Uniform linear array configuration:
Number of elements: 32
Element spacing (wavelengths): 0.5
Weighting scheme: kaiser
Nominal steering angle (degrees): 15
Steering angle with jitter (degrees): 13.132
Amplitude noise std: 0.05
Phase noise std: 0.05

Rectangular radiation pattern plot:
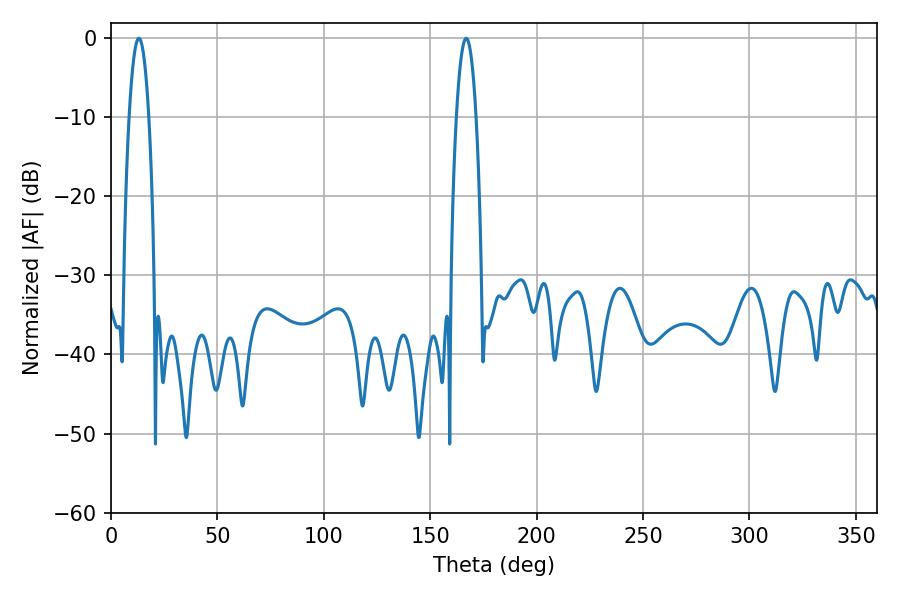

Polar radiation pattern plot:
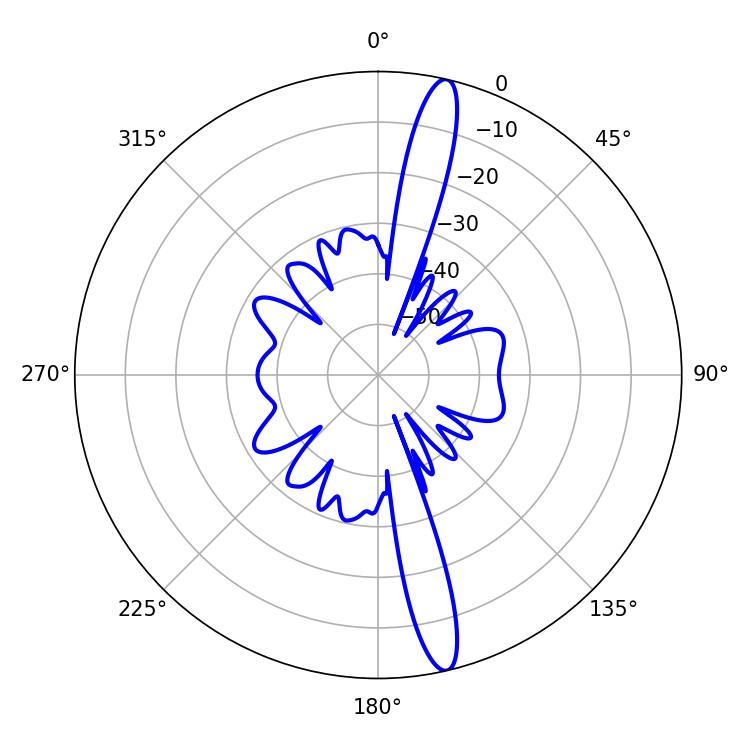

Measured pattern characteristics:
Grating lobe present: FALSE
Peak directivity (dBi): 16.647
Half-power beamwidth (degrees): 5.04
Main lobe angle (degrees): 13.14